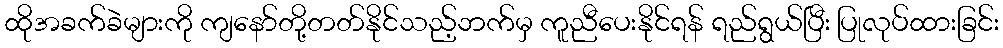
ထိုအခက်ခဲများကို ကျနော်တို့တတ်နိုင်သည့်ဘက်မှ ကူညီပေးနိုင်ရန် ရည်ရွယ်ပြီး ပြုလုပ်ထားခြင်း